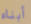
أبناء